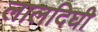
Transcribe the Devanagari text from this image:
लालदिघी